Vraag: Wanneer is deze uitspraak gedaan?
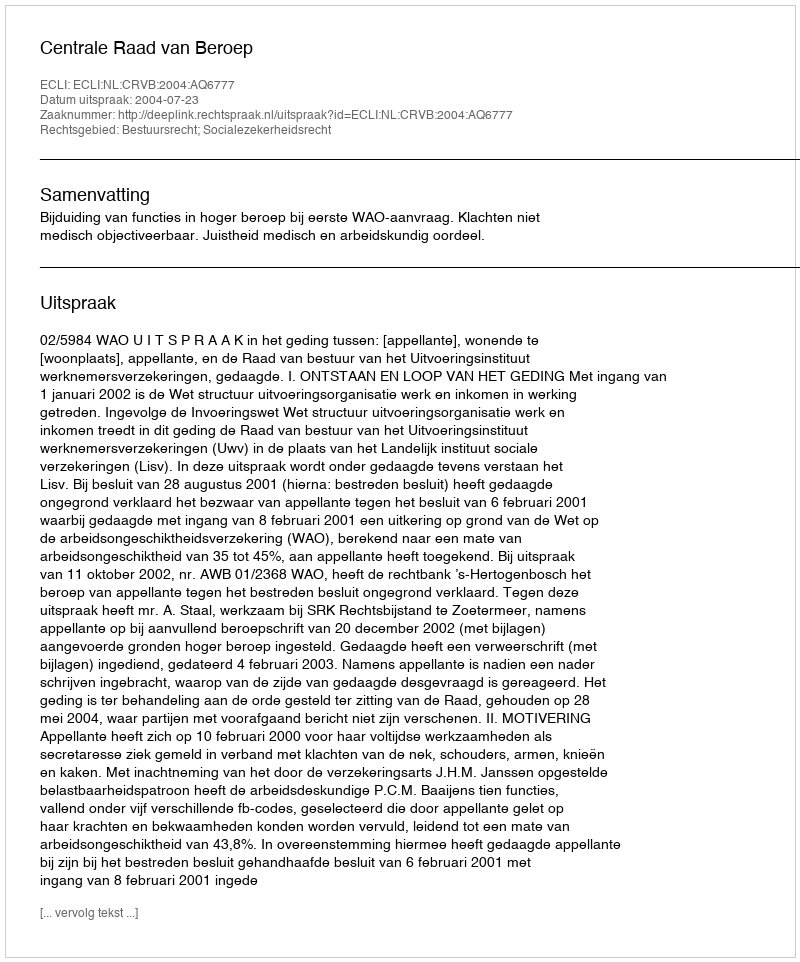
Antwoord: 2004-07-23